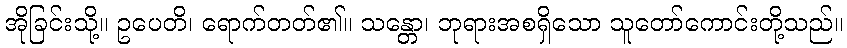
အိုခြင်းသို့။ ဥပေတိ၊ ရောက်တတ်၏။ သန္တော၊ ဘုရားအစရှိသော သူတော်ကောင်းတို့သည်။